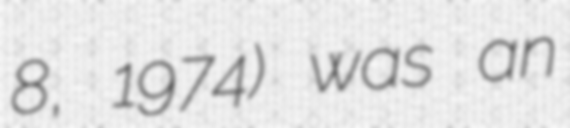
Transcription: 8, 1974) was an